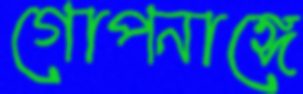
গোপনাঙ্গে